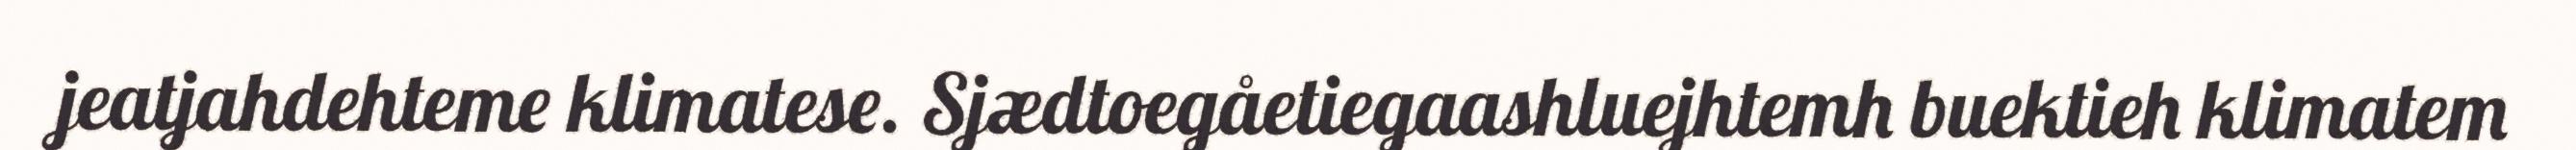
jeatjahdehteme klimatese. Sjædtoegåetiegaashluejhtemh buektieh klimatem